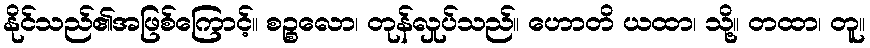
နိုင်သည်၏အဖြစ်ကြောင့်။ စဉ္စလော၊ တုန်လှုပ်သည်။ ဟောတိ ယထာ၊ သို့။ တထာ၊ တူ။